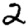
Digit: 2